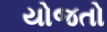
યોજતો